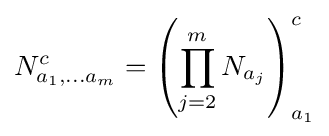
N_{a_{1},\ldots a_{m}}^{c}=\left(\prod _{j=2}^{m}N_{a_{j}}\right)_{a_{1}}^{c}